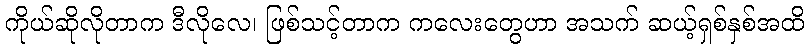
ကိုယ်ဆိုလိုတာက ဒီလိုလေ၊ ဖြစ်သင့်တာက ကလေးတွေဟာ အသက် ဆယ့်ရှစ်နှစ်အထိ